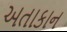
અતાકાન